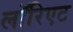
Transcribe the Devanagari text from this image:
लॉरिएट